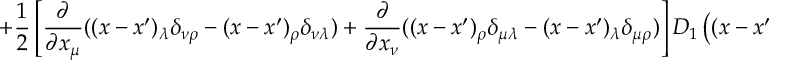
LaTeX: + \frac 1 2 \left[ \frac { \partial } { \partial x _ { \mu } } ( ( x - x ^ { \prime } ) _ { \lambda } \delta _ { \nu \rho } - ( x - x ^ { \prime } ) _ { \rho } \delta _ { \nu \lambda } ) + \frac { \partial } { \partial x _ { \nu } } ( ( x - x ^ { \prime } ) _ { \rho } \delta _ { \mu \lambda } - ( x - x ^ { \prime } ) _ { \lambda } \delta _ { \mu \rho } ) \right] D _ { 1 } \left( ( x - x ^ { \prime } ) ^ { 2 } \right) \Biggr \} .